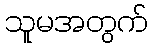
သူမအတွက်